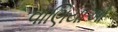
વાણિયાઓ